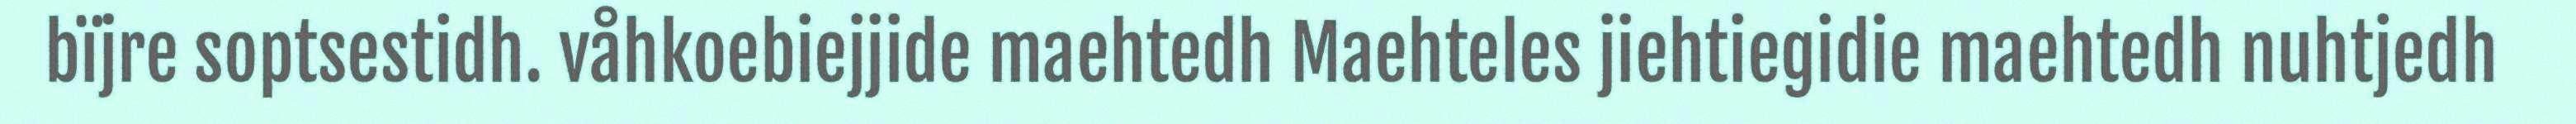
bïjre soptsestidh. våhkoebiejjide maehtedh Maehteles jiehtiegidie maehtedh nuhtjedh